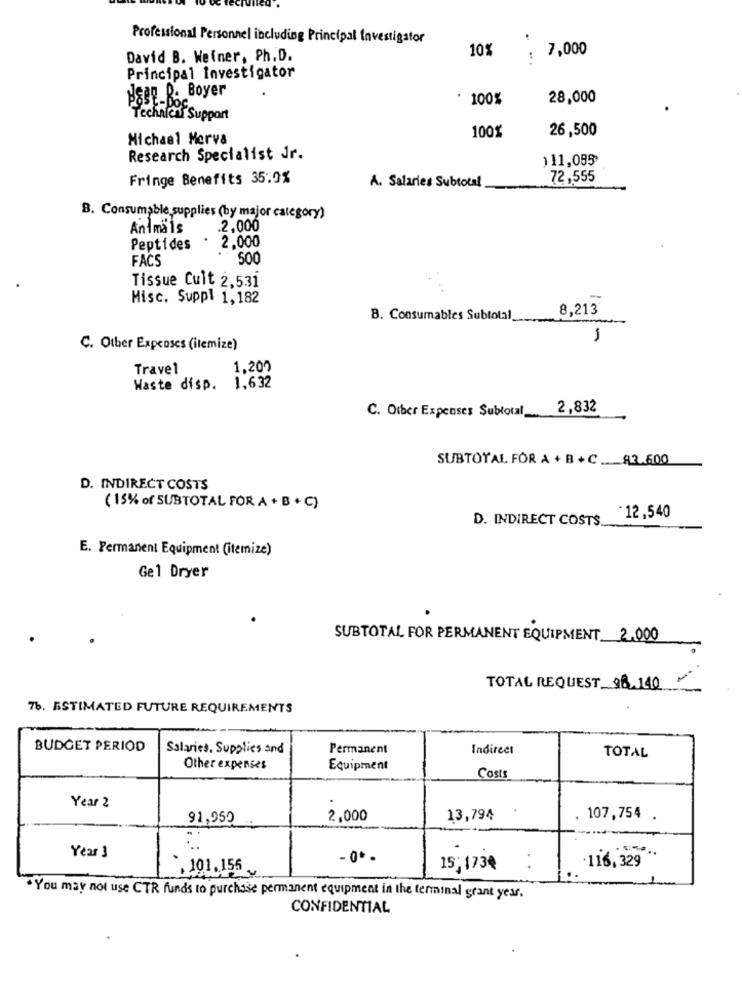
Professional Personnel including Principal Investigator
10%
7,000
David B. Weiner, Ph.D.
.*
Principal Investigator
HSBE R. Boyer
100%
28,000
Technical Support
26,500
Michael Merva
100%
Research Specialist Jr.
)11,095
Fringe Benefits 35:9%
72,555
A. Salaries Subtotal
8. Consumable supplies (by major category)
Animals
.2,000
Peptides
. 2.000
FACS
500
Tissue Cult 2,531
Misc. Suppl 1,182
8,213
B. Consumables Subtotal
1
C. Other Expenses (itemize)
Travel
1,200
Waste disp. 1,632
2,832
C. Other Expenses Subtotal
SUBTOTAL FOR A + B + C_83.600
D. INDIRECT COSTS
(15% of SUBTOTAL FOR A + B + C)
D. INDIRECT COSTS
-12,540
E. Permanent Equipment (itemize)
Gel Dryer
SUBTOTAL FOR PERMANENT EQUIPMENT 2.000
TOTAL REQUEST 98.140
76. ESTIMATED FUTURE REQUIREMENTS
BUDGET PERIOD
Salaries. Supplies and
Permanent
Indirect
TOTAL
Other expenses
Equipment
Costs
Year 2
:
91,959
2,000
13,794
. 107,754 .
Year 3
- 0 .-
15, 1734
116, 329
`.101. 156 -
.You may not use CTR funds to purchase permanent equipment in the terminal grant year.
CONFIDENTIAL